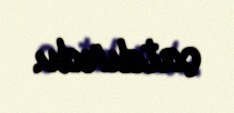
çatdırdı.